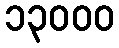
၁၃၀၀၀